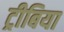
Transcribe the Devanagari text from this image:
ट्रीबिया